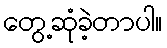
တွေ့ဆုံခဲ့တာပါ။